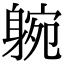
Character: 𨉝